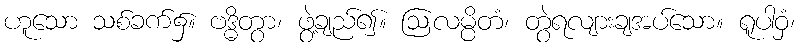
ဟူသော သစ်ခက်၌။ ဗဒ္ဓိတွာ၊ ဖွဲ့ချည်၍။ ဩလမ္ပိတံ၊ တွဲရလျားချအပ်သော။ ရူပါဝှံ၊